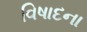
વિષાદના